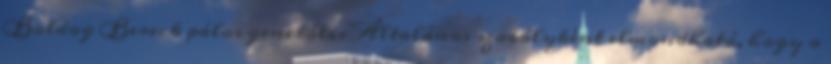
Boldog Bereck pálos generális Általános szabályként elmondható, hogy a